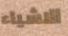
الاشياء